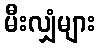
မီးလျှံများ